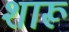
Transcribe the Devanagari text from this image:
शारू